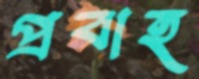
প্রবাহ